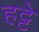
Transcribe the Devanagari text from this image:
हट्टे